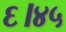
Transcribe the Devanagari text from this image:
६।४५